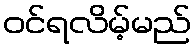
ဝင်ရလိမ့်မည်